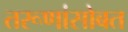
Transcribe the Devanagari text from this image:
तरूणांसोबत